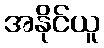
အနိုင်ယူ